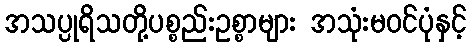
အသပ္ပုရိသတို့ပစ္စည်းဥစ္စာများ အသုံးမဝင်ပုံနှင့်